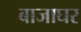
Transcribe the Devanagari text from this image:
बाजाघर